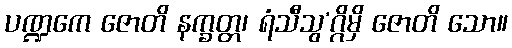
ပဏ္ဍကေ ဇောတိ နက္ခတ္တ၊ ရံသီသွ’ဂ္ဂိမှိ ဇောတိ သော။